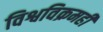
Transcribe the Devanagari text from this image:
विश्वविक्रमही